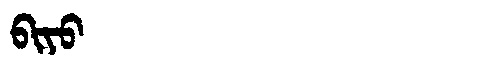
Manchu: ᠪᡳᠶᠣ
Romanization: BIYO